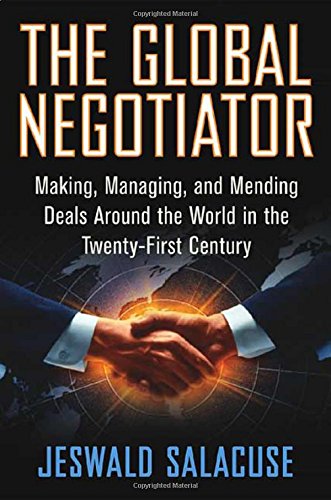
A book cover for The Global Negotiator: Making, Managing and Mending Deals Around the World in the Twenty-First Century; Jeswald W. Salacuse; Business & Money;